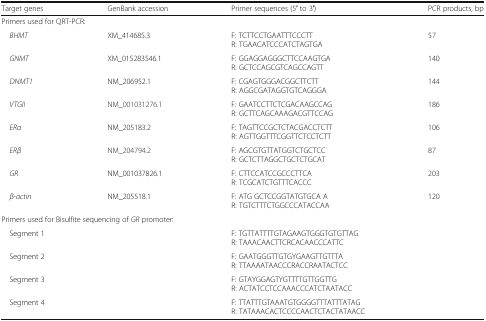
<table><thead><tr><td><b>Target genes</b></td><td><b>GenBank accession</b></td><td><b>Primer sequences (5′ to 3′)</b></td><td><b>PCR products, bp</b></td></tr></thead><tbody><tr><td colspan="4">Primers used for QRT-PCR:</td></tr><tr><td> <i>BHMT</i></td><td>XM_414685.3</td><td>F: TCTTCCTGAATTTCCCTTR: TGAACATCCCATCTAGTGA</td><td>57</td></tr><tr><td> <i>GNMT</i></td><td>XM_015283546.1</td><td>F: GGAGGAGGGCTTCCAAGTGAR: GCTCCAGCGTCAGCCAGTT</td><td>140</td></tr><tr><td> <i>DNMT1</i></td><td>NM_206952.1</td><td>F: CGAGTGGGACGGCTTCTTR: AGGCGATAGGTGTCAGGGA</td><td>144</td></tr><tr><td> <i>VTGII</i></td><td>NM_001031276.1</td><td>F: GAATCCTTCTCGACAAGCCAGR: GCTTCAGCAAAGACGTTCCAG</td><td>186</td></tr><tr><td> <i>ERα</i></td><td>NM_205183.2</td><td>F: TAGTTCCGCTCTACGACCTCTTR: AGTTGGTTTCGGTTCTCCTCTT</td><td>106</td></tr><tr><td> <i>ERβ</i></td><td>NM_204794.2</td><td>F: AGCGTGTTATGGTCTGCTCCR: GCTCTTAGGCTGCTCTGCAT</td><td>87</td></tr><tr><td> <i>GR</i></td><td>NM_001037826.1</td><td>F: CTTCCATCCGCCCTTCAR: TCGCATCTGTTTCACCC</td><td>203</td></tr><tr><td> <i>β-actin</i></td><td>NM_205518.1</td><td>F: ATG GCTCCGGTATGTGCA AR: TGTCTTTCTGGCCCATACCAA</td><td>120</td></tr><tr><td colspan="3">Primers used for Bisulfite sequencing of <i>GR</i> promoter:</td><td></td></tr><tr><td> Segment 1</td><td></td><td>F: TGTTATTTTGTAGAAGTGGGTGTGTTAGR: TAAACAACTTCRCACAACCCATTC</td><td></td></tr><tr><td> Segment 2</td><td></td><td>F: GAATGGGTTGTGYGAAGTTGTTTAR: TTAAAATAACCCRACCRAATACTCC</td><td></td></tr><tr><td> Segment 3</td><td></td><td>F: GTAYGGAGTYGTTTTGTTGGTTGR: ACTATCCTCCAAACCCATCTAATACC</td><td></td></tr><tr><td> Segment 4</td><td></td><td>F: TTATTTGTAAATGTGGGGTTTATTTATAGR: TATAAACACTCCCCAACTCTACTATAACC</td><td></td></tr></tbody></table>